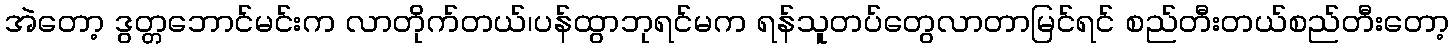
အဲတော့ ဒွတ္တဘောင်မင်းက လာတိုက်တယ်၊ပန်ထွာဘုရင်မက ရန်သူတပ်တွေလာတာမြင်ရင် စည်တီးတယ်စည်တီးတော့